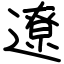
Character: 遼